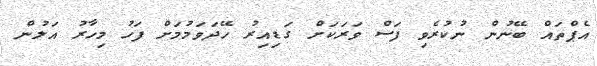
އެޕްތައް ބޭނުން ނުކުރެވި ފަސް ވަރަކަށް ގަޑިއިރު ހޭދަވަމުމަށް ފަހު މިހާރު އަލުން